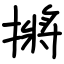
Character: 摪